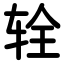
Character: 辁